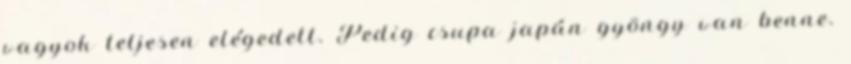
vagyok teljesen elégedett. Pedig csupa japán gyöngy van benne.